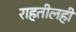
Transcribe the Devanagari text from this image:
राहतीलही